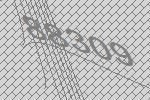
88309